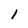
Character: 1